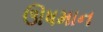
ઊષમાન